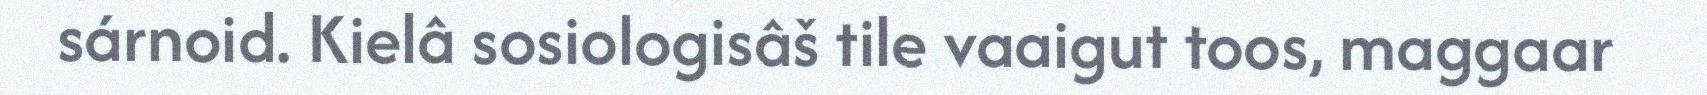
sárnoid. Kielâ sosiologisâš tile vaaigut toos, maggaar